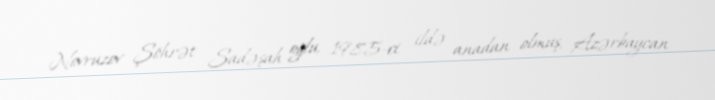
Novruzov Şöhrət Sadəşah oğlu, 1985-ci ildə anadan olmuş, Azərbaycan